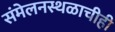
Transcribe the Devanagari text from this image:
संमेलनस्थळाचीही